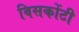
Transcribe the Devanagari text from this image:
विसकोंटी